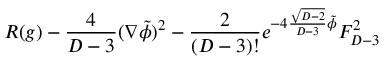
R ( g ) - { \frac { 4 } { D - 3 } } ( \nabla \tilde { \phi } ) ^ { 2 } - { \frac { 2 } { ( D - 3 ) ! } } e ^ { - 4 { \frac { \sqrt { D - 2 } } { D - 3 } } \tilde { \phi } } F _ { D - 3 } ^ { 2 }